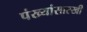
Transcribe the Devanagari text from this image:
पंख्यांसारखी